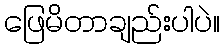
ဖြေမိတာချည်းပါပဲ။